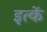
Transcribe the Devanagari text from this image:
इत्कें